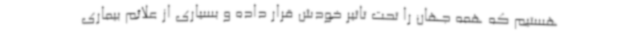
هستیم که همه جهان را تحت تاثیر خودش قرار داده و بسیاری از علائم بیماری